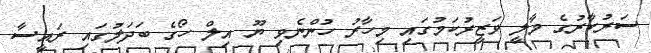
ސަރުކާރުގެ މާލީ ވަޒީރުކަމުގައި މިހާރު ހުންނެވި ޔޫ އިލް ހޯގެ ބަދަލުގައި ރައީސާ